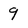
Character: 9